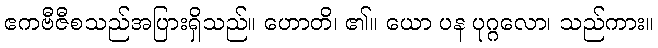
ဧကဗီဇီစသည်အပြားရှိသည်။ ဟောတိ၊ ၏။ ယော ပန ပုဂ္ဂလော၊ သည်ကား။